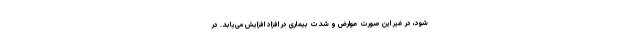
شود، در غیر این صورت عوارض و شدت بیماری در افزاد افزایش می‌یابد. در